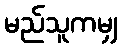
မည်သူကမျှ